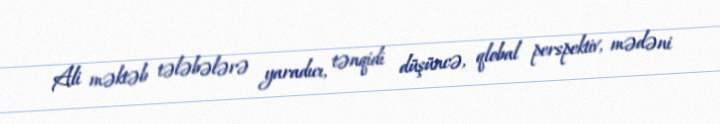
Ali məktəb tələbələrə yaradıcı, tənqidi düşüncə, qlobal perspektiv, mədəni